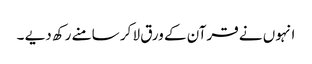
انہوں نے قرآن کے ورق لا کر سامنے رکھ دیے ۔